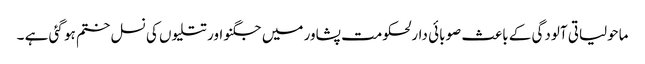
ماحولیاتی آلودگی کے باعث صوبائی دارلحکومت پشاور میں جگنو اور تتلیوں کی نسل ختم ہو گئی ہے ۔